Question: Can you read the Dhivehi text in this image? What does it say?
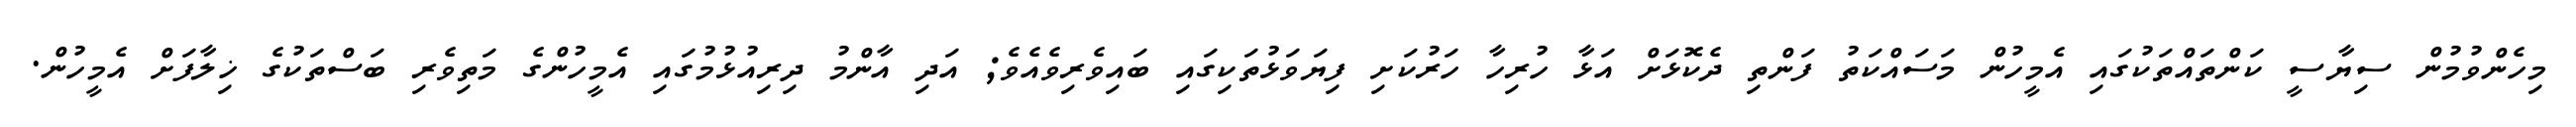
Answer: މިހެންވުމުން ސިޔާސީ ކަންތައްތަކުގައި އެމީހުން މަސައްކަތު ފަންތި ދެކޮޅަށް އަޅާ ހުރިހާ ހަރުކަށި ފިޔަވަޅުތަކިގައި ބައިވެރިވެއެވެ; އަދި އާންމު ދިރިއުޅުމުގައި އެމީހުންގެ މަތިވެރި ބަސްތަކުގެ ޚިލާފަށް އެމީހުން.